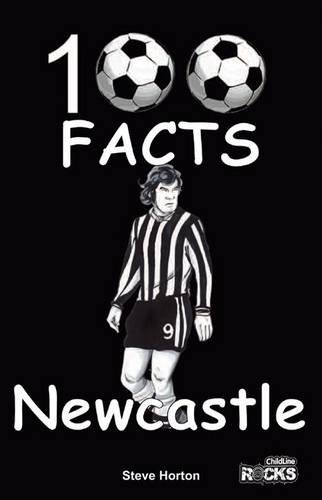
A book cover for Newcastle United - 100 Facts; Steve Horton; Teen & Young Adult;